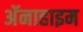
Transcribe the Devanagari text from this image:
अॅनाहाइम